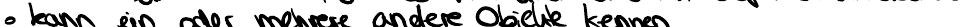
kann ein oder mehrere andere Objekte kennen